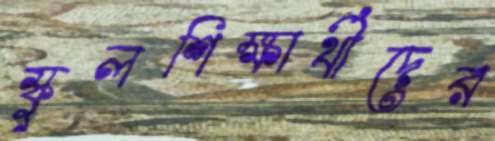
স্কুলশিক্ষার্থীদের